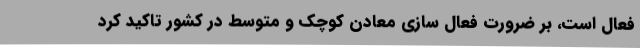
فعال است، بر ضرورت فعال سازی معادن کوچک و متوسط در کشور تاکید کرد